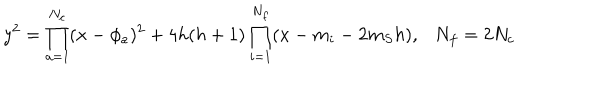
y ^ { 2 } = \prod _ { a = 1 } ^ { N _ { c } } ( x - \phi _ { a } ) ^ { 2 } + 4 h ( h + 1 ) \prod _ { i = 1 } ^ { N _ { f } } ( x - m _ { i } - 2 m _ { S } h ) , N _ { f } = 2 N _ { c }